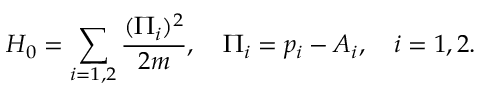
H _ { 0 } = \sum _ { i = 1 , 2 } { \frac { ( \Pi _ { i } ) ^ { 2 } } { 2 m } } , \ \ \ \Pi _ { i } = p _ { i } - A _ { i } , \ \ \ i = 1 , 2 .